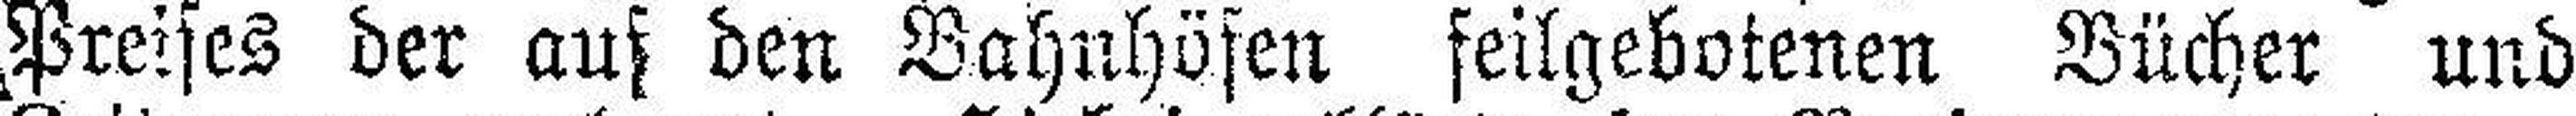
Preises der auf den Bahnhöfen feilgebotenen Bücher und